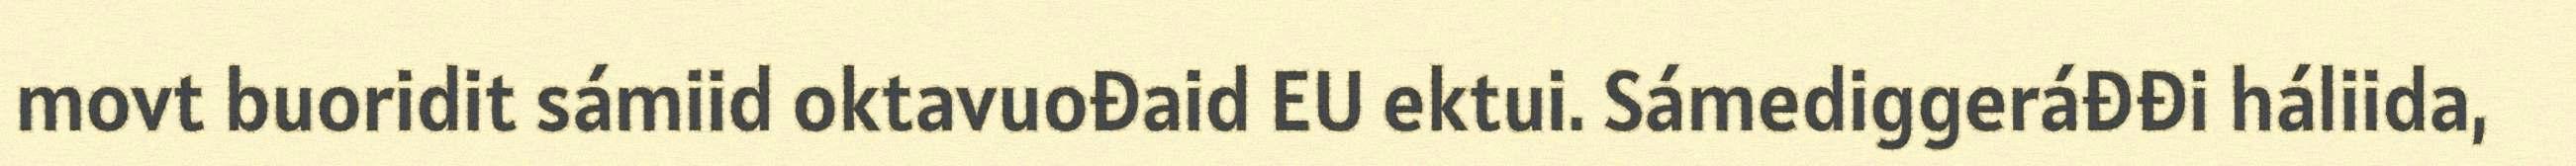
movt buoridit sámiid oktavuođaid EU ektui. Sámediggeráđđi háliida,